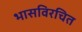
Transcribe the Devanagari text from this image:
भासविरचित